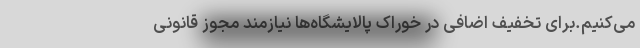
می‌کنیم.برای تخفیف اضافی در خوراک پالایشگاه‌ها نیازمند مجوز قانونی